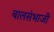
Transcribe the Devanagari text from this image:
बालसंभाजी